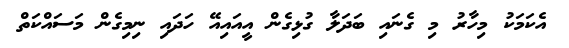
އެކަމަކު މިހާރު މި ގެނައި ބަދަލާ ގުޅިގެން އީއައިއޭ ހަދައި ނިމިގެން މަސައްކަތް